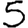
Digit: 5